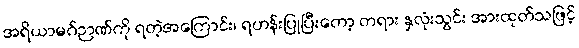
အရိယာမဂ်ဉာဏ်ကို ရတဲ့အကြောင်း၊ ရဟန်းပြုပြီးတော့ တရား နှလုံးသွင်း အားထုတ်သဖြင့်